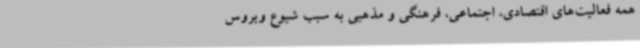
همه فعالیت‌های اقتصادی، اجتماعی، فرهنگی و مذهبی به سبب شیوع ویروس